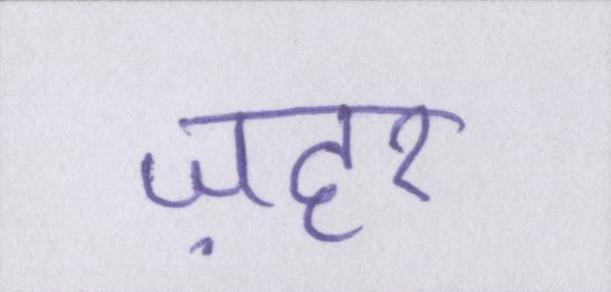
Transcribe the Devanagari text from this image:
ज़हर